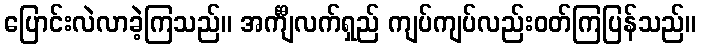
ပြောင်းလဲလာခဲ့ကြသည်။ အင်္ကျီလက်ရှည် ကျပ်ကျပ်လည်းဝတ်ကြပြန်သည်။